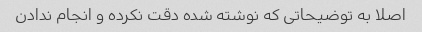
اصلا به توضیحاتی که نوشته شده دقت نکرده و انجام ندادن